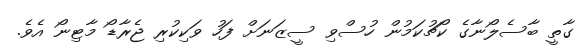
ގާތީ ބާސެލޯނާގެ ކޯޗުކަމުން ހުސްވި ސީޒަނަށް ފަހު ވަކިކުރި ޖެރާޑޯ މާޓިނޯ އެވެ.